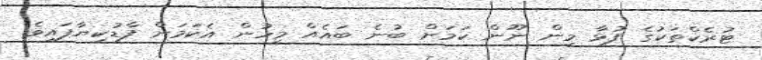
ޓުރެކްތަކުގެ ފުޅާ މިން ނޫން ކަމަށް ބުނެ ބައެއް މީހުން އެކަމަށް ފާޑުކިޔާފައިވެ